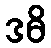
ဒဓိ